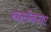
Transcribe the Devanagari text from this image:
व्यक्तींकरता